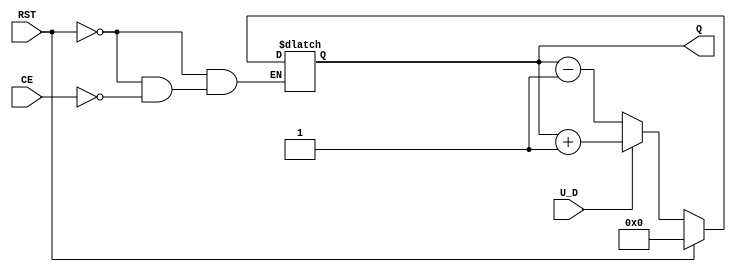
module UpDownCounter #(
    parameter N = 4  // Number of bits for the counter
)(
    input wire U_D,        // Up/Down Control Signal
    input wire CE,         // Count Enable
    input wire RST,        // Asynchronous Reset
    output reg [N-1:0] Q   // Count Value
);

// Always block for the counter functionality
always @(*) begin
    if (RST) begin
        Q = 0;  // Asynchronous reset to zero
    end else if (CE) begin
        if (U_D) begin
            Q = Q + 1;  // Count Up
        end else begin
            Q = Q - 1;  // Count Down
        end
    end
end

// Clocking behavior can be handled in another always block
// if you want to trigger on a specific clock signal.
// For now, this design reflects the asynchronous behavior.

endmodule